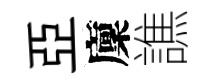
亞廩譙